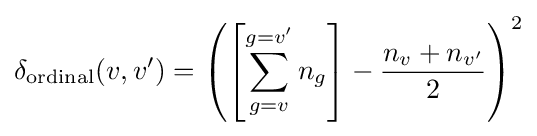
\delta _{\text{ordinal}}(v,v')=\left(\left[\sum _{g=v}^{g=v'}n_{g}\right]-{\frac {n_{v}+n_{v'}}{2}}\right)^{2}